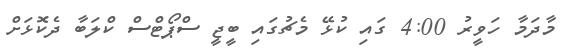
މާދަމާ ހަވީރު 4:00 ގައި ކުޅޭ މެޗުގައި ބީޖީ ސްޕޯޓްސް ކްލަބާ ދެކޮޅަށް